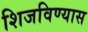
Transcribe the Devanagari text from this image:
शिजविण्यास